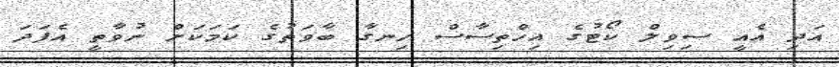
އަދި އެއީ ސިވިލް ކޯޓުގެ އިހްތިސާސް ހިނގާ ބާވަތުގެ ކަމަކަށް ނުވާތީ އެފަދަ